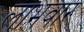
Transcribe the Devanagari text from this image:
लाभवार